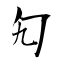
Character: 勼